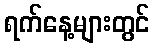
ရက်နေ့များတွင်